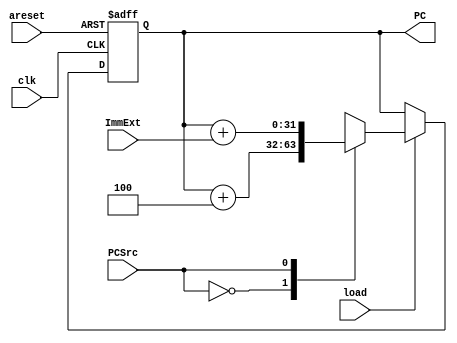
module Prog_counter (

    input clk,PCSrc,load,areset, // input control signals 
    input [31:0] ImmExt, // in taken branch case --> output of sign extend block
    output reg [31:0] PC // current instruction that will enter I_mem
);

    reg [31:0] PCNext; // internal port (wire) that will have the calculated address out of mux (branched or not)

    always @(posedge clk or negedge areset) begin
        if(!areset) // active low reset
        PC<=0;
        else
        begin 
            if(load)
            PC<=PCNext; // output PC will have the calculated next address --> when load is high
            else
            PC<=PC;
        end
    end

    always @(*) begin
          case (PCSrc)
            1'b0:PCNext=PC+3'd4; // default increment by 4
            1'b1:PCNext=PC+ImmExt; // in case of taken branch
            default: PCNext=PC+3'd4; // default increment by 4
        endcase
    end
endmodule